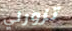
تزورني